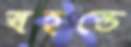
স্বহস্তে